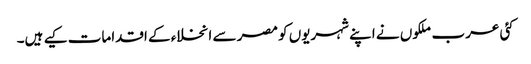
کئی عرب ملکوں نے اپنے شہریوں کو مصر سے انخلاء کے اقدامات کیے ہیں۔